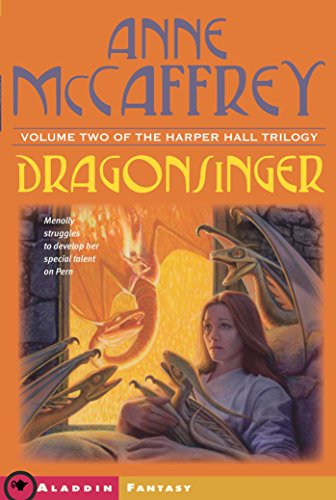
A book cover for Dragonsinger (Harper Hall Trilogy, Volume 2); Anne McCaffrey; Children's Books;